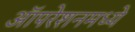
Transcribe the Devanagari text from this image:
ऑपरेशनमध्ये